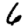
Digit: 6